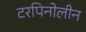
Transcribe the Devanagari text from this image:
टरपिनोलीन